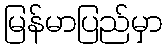
မြန်မာပြည်မှာ